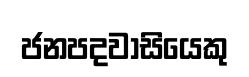
ජනපදවාසියෙකු